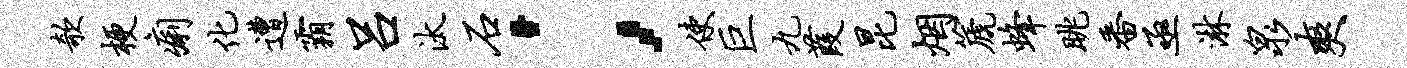
欹梗痢化遭霸吕汰石；使巨九葭昆烟篪蜂眺番亟淋泉爽